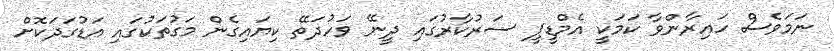
ނަމަވެސް ހައިރާންވާ ކަމަކީ އެމްޑީޕީ ސަރުކާރުގައި ދީނޭ ވަހުދަތޭ ކިޔައިގެން މަގުތަކުގައި އަޑުގަދަކޮށް